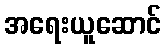
အရေးယူဆောင်